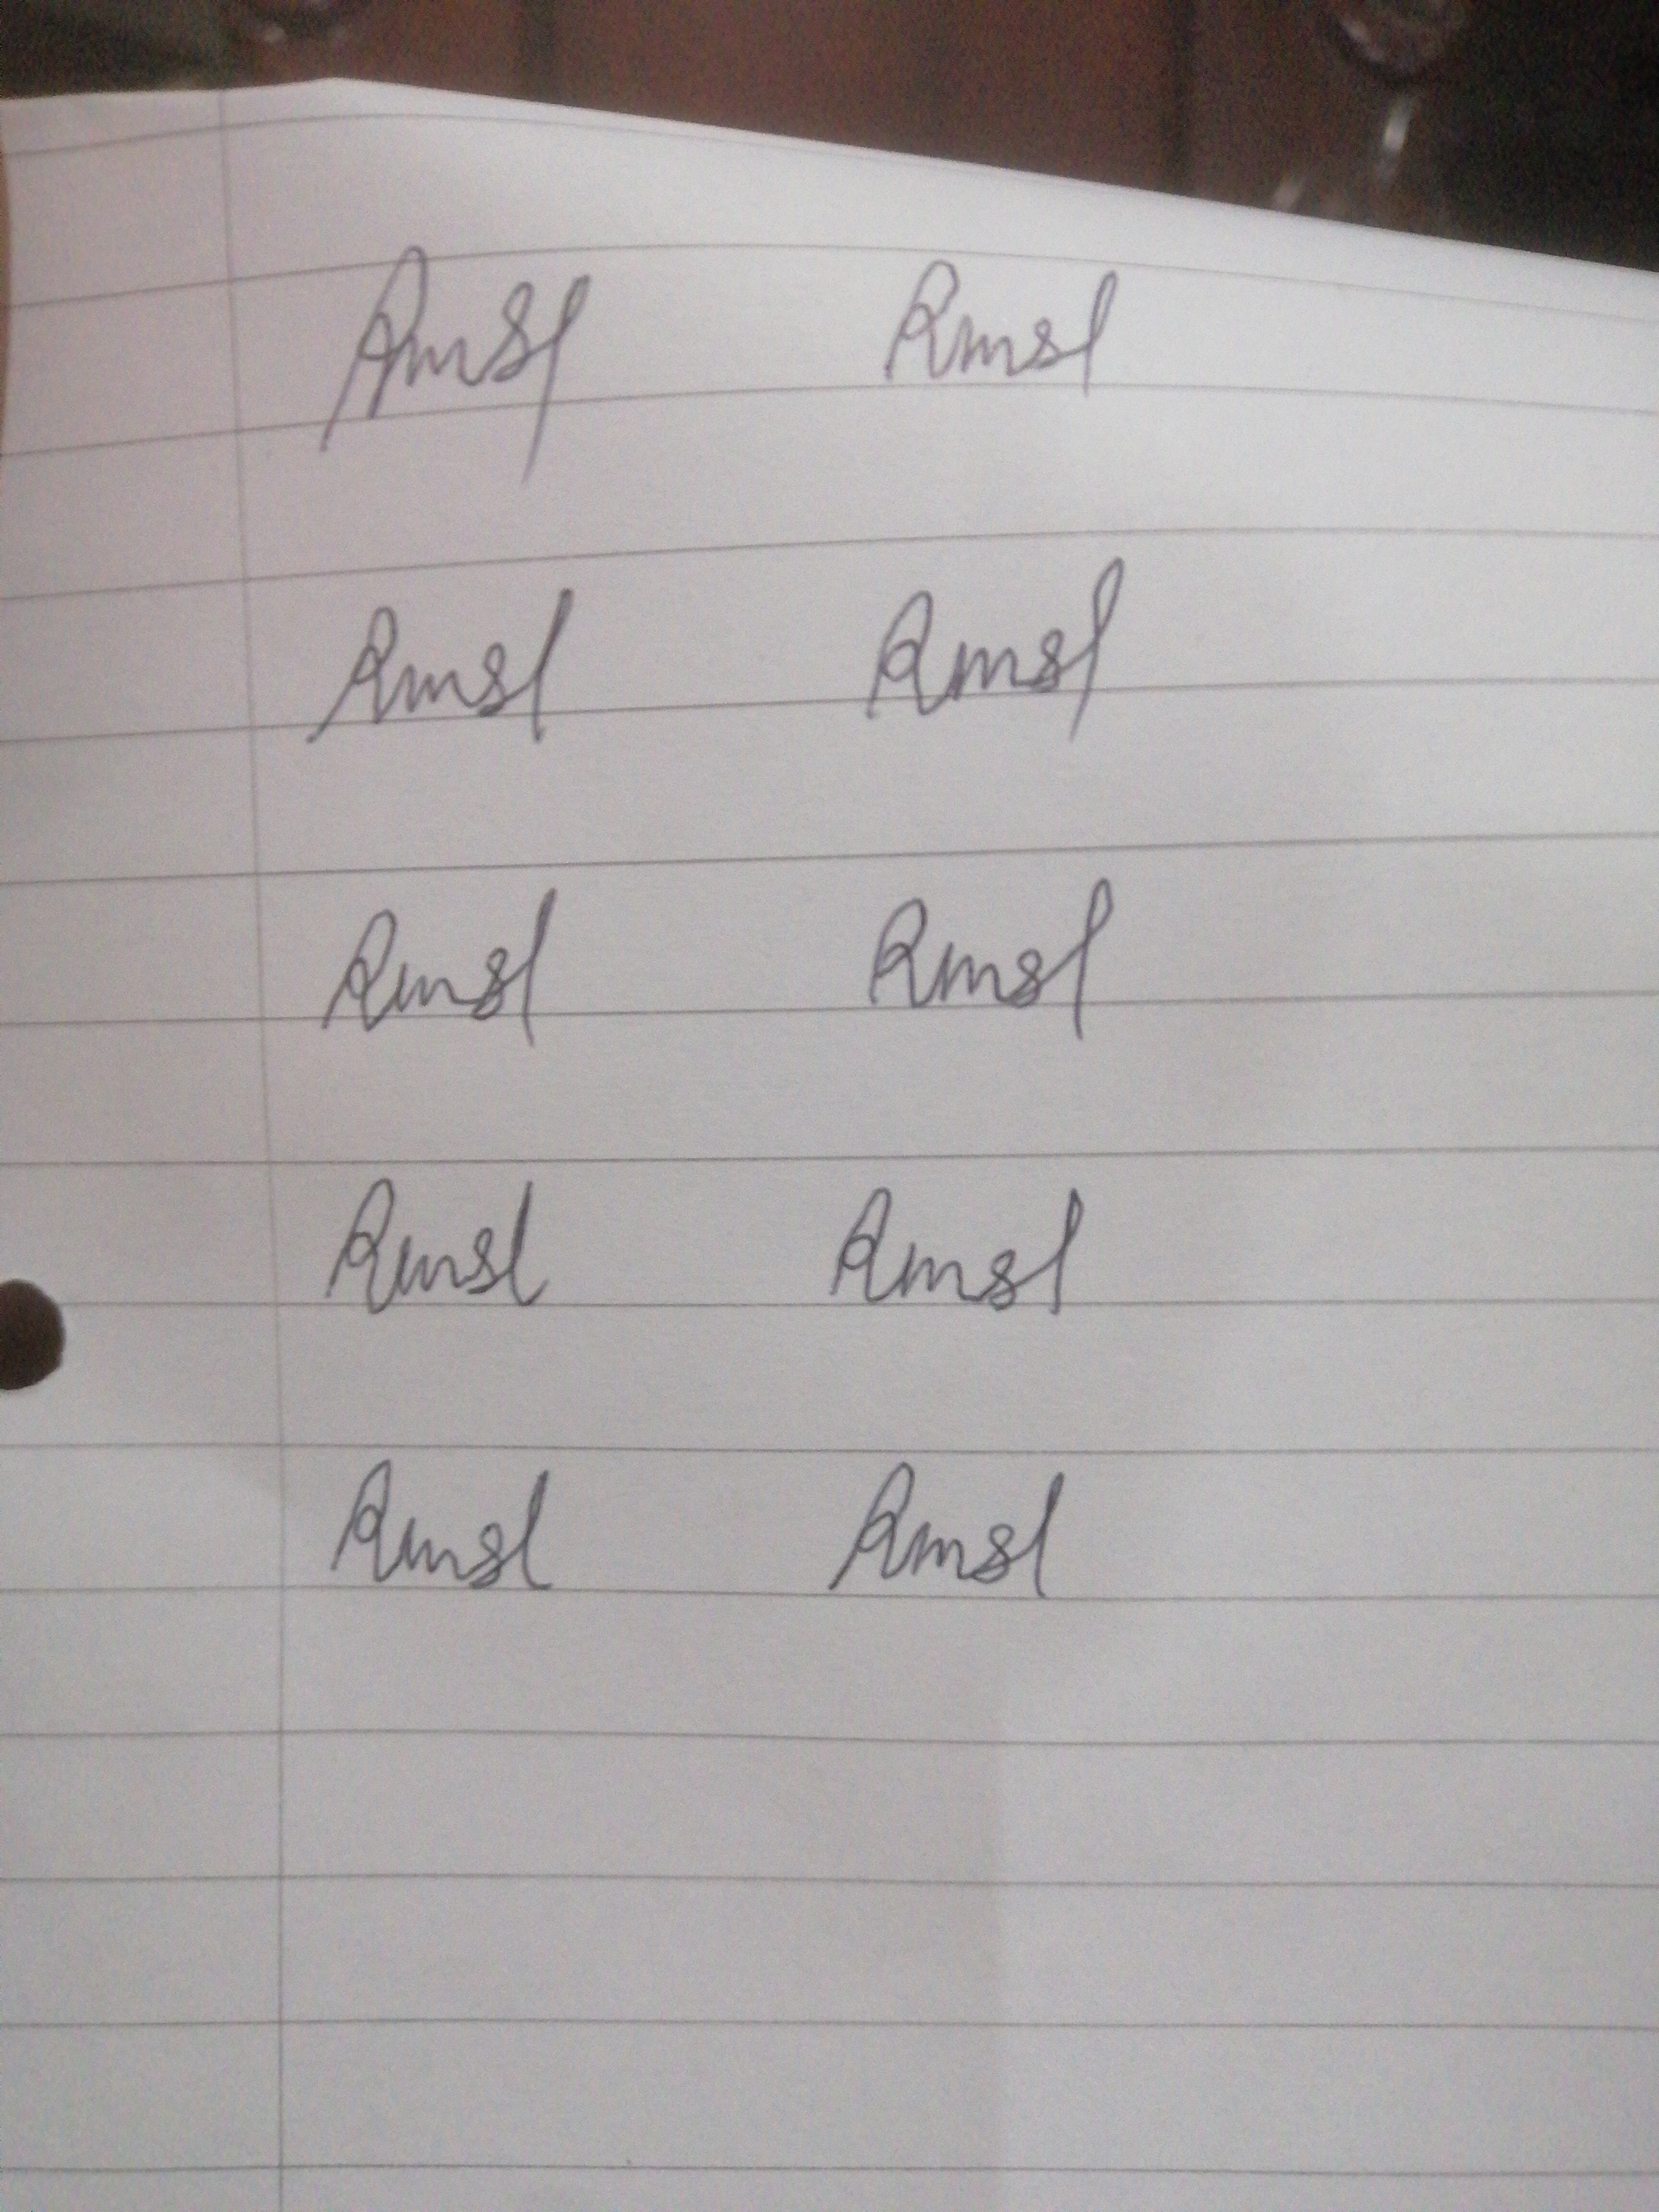
Signature authenticity: forged